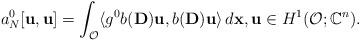
LaTeX: \begin{align*}a_N^0[\mathbf{u},\mathbf{u}]=\int _\mathcal{O}\langle g^0 b(\mathbf{D})\mathbf{u},b(\mathbf{D})\mathbf{u}\rangle \,d\mathbf{x},\mathbf{u}\in H^1(\mathcal{O};\mathbb{C}^n).\end{align*}